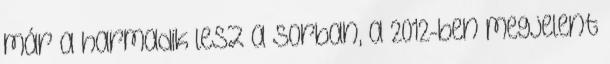
már a harmadik lesz a sorban, a 2012-ben megjelent